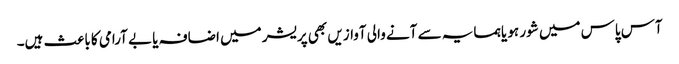
آس پاس میں شور ہو یا ہمسایہ سے آنے والی آوازیں بھی پریشر میں اضافہ یا بے آرامی کا باعث ہیں۔